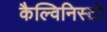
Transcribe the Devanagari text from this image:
कैल्विनिस्टो